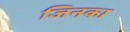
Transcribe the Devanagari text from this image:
जिनका